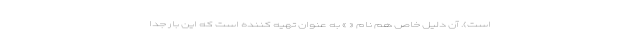
است). آن دلیل خاص هم نام « » به عنوان تهیه کننده است که این بار جدا